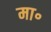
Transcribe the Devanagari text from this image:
मा॰